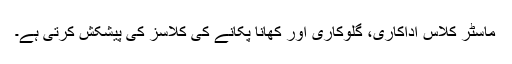
ماسٹر کلاس اداکاری، گلوکاری اور کھانا پکانے کی کلاسز کی پیشکش کرتی ہے۔